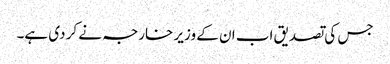
جس کی تصدیق اب ان کے وزیر خارجہ نے کر دی ہے۔